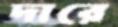
দারে